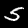
Label: 5